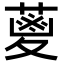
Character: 𮐭